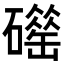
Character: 𥖴